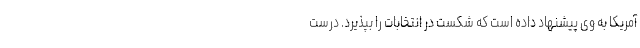
آمریکا به وی پیشنهاد داده است که شکست در انتخابات را بپذیرد. درست